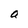
Character: a